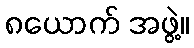
၈ယောက် အဖွဲ့။